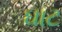
ઘાટ